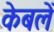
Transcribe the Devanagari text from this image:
केबलें